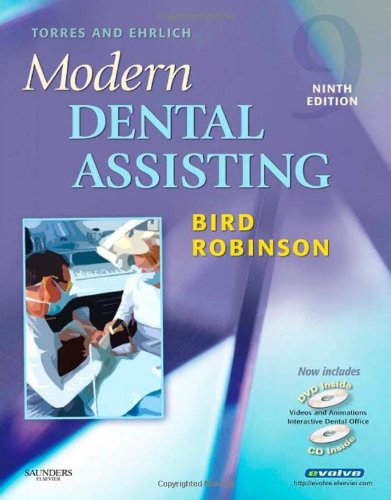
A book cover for Torres and Ehrlich Modern Dental Assisting (Torres & Ehrlich's Modern Dental Assisting); Hazel O. Torres; Medical Books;